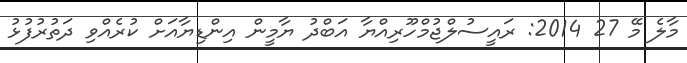
މާލެ މޭ 27 2014: ރައީސުލްޖުމްހޫރިއްޔާ އަބްދު ޔާމީން އިންޑިޔާއަށް ކުރެއްވި ދަތުރުފުޅު